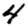
Digit: 4